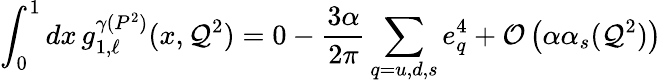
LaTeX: \int_{0}^{1}dx\, g_{1,\ell}^{\gamma(P^{2})}(x,\mathcal{Q}^{2})=0-\frac{{3\alpha}}{{2\pi}}\sum_{q=u,d,s}e_{q}^{4}+{\cal{O}}\left(\alpha\alpha_{s}(\mathcal{Q}^{2})\right)